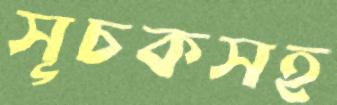
সূচকসহ